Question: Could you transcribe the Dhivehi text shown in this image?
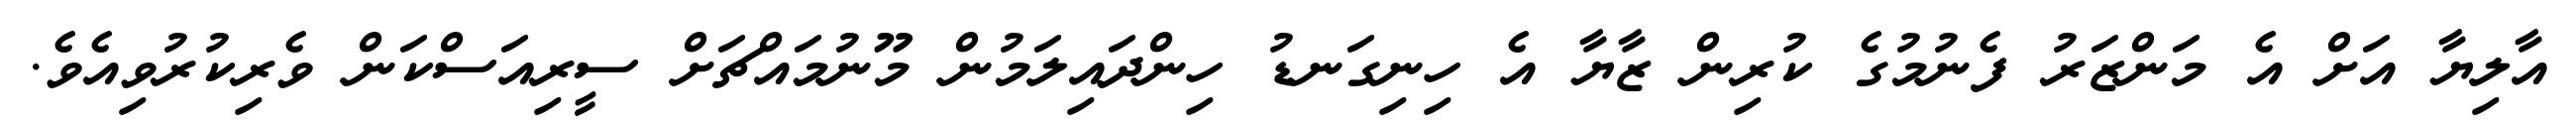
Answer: އާލިޔާ އަށް އެ މަންޒަރު ފެނުމުގެ ކުރިން ޒާޔާ އެ ހިނިގަނޑު ހިންދައިލަމުން މޫނުމައްޗަށް ސީރިއަސްކަން ވެރިކުރުވިއެވެ.